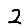
Digit: 2